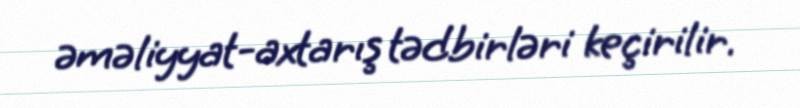
əməliyyat-axtarış tədbirləri keçirilir.